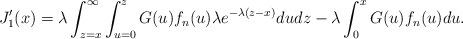
LaTeX: \begin{align*}J_{1}'(x) = \lambda \int_{z=x}^{\infty}\int_{u=0}^{z} G(u)f_n(u)\lambda e^{-\lambda(z-x)} du dz - \lambda \int_{0}^{x}G(u)f_n(u) du.\end{align*}